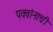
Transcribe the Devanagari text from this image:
पक्वांनाची